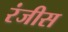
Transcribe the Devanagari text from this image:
रंजीस